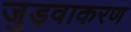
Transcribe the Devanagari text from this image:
जुड़वाकरण